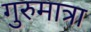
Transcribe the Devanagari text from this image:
गुरुमात्रा